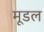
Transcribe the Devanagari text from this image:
मूडल